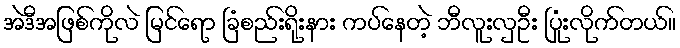
အဲဒီအဖြစ်ကိုလဲ မြင်ရော ခြံစည်းရိုးနား ကပ်နေတဲ့ ဘီလူးလှဦး ပြုံးလိုက်တယ်။